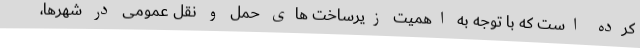
کرده است که با توجه به اهمیت زیرساخت های حمل و نقل عمومی در شهرها،